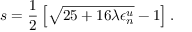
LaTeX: s = \frac { 1 } { 2 } \left[ \sqrt { 2 5 + 1 6 \lambda \epsilon _ { n } ^ { u } } - 1 \right] .